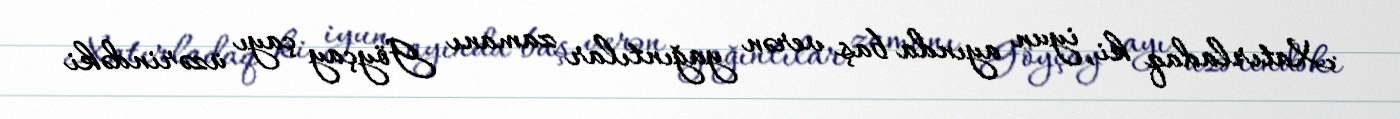
Xatırladaq ki, iyun ayında baş verən yağıntılar zamanı Göyçay çayı üzərindəki